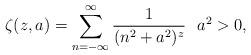
LaTeX: \begin{align*}\zeta(z,a)=\sum_{n=-\infty}^{\infty}\frac{1}{(n^{2}+a^{2})^{z}}\,\,\,\, a^{2}>0, \end{align*}